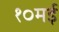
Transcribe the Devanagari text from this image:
१०मई